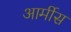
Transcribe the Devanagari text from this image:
आर्मीस